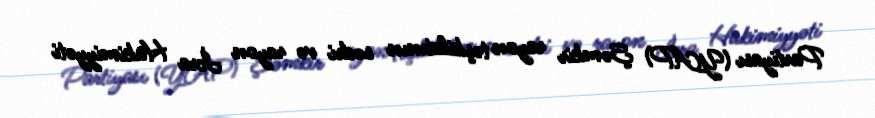
Partiyası (YAP) Şəmkir rayon təşkilatının sədri və rayon İcra Hakimiyyəti